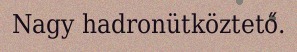
Nagy hadronütköztető.